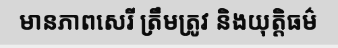
មានភាពសេរី ត្រឹមត្រូវ និងយុត្តិធម៌